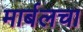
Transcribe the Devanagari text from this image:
मार्बलचा